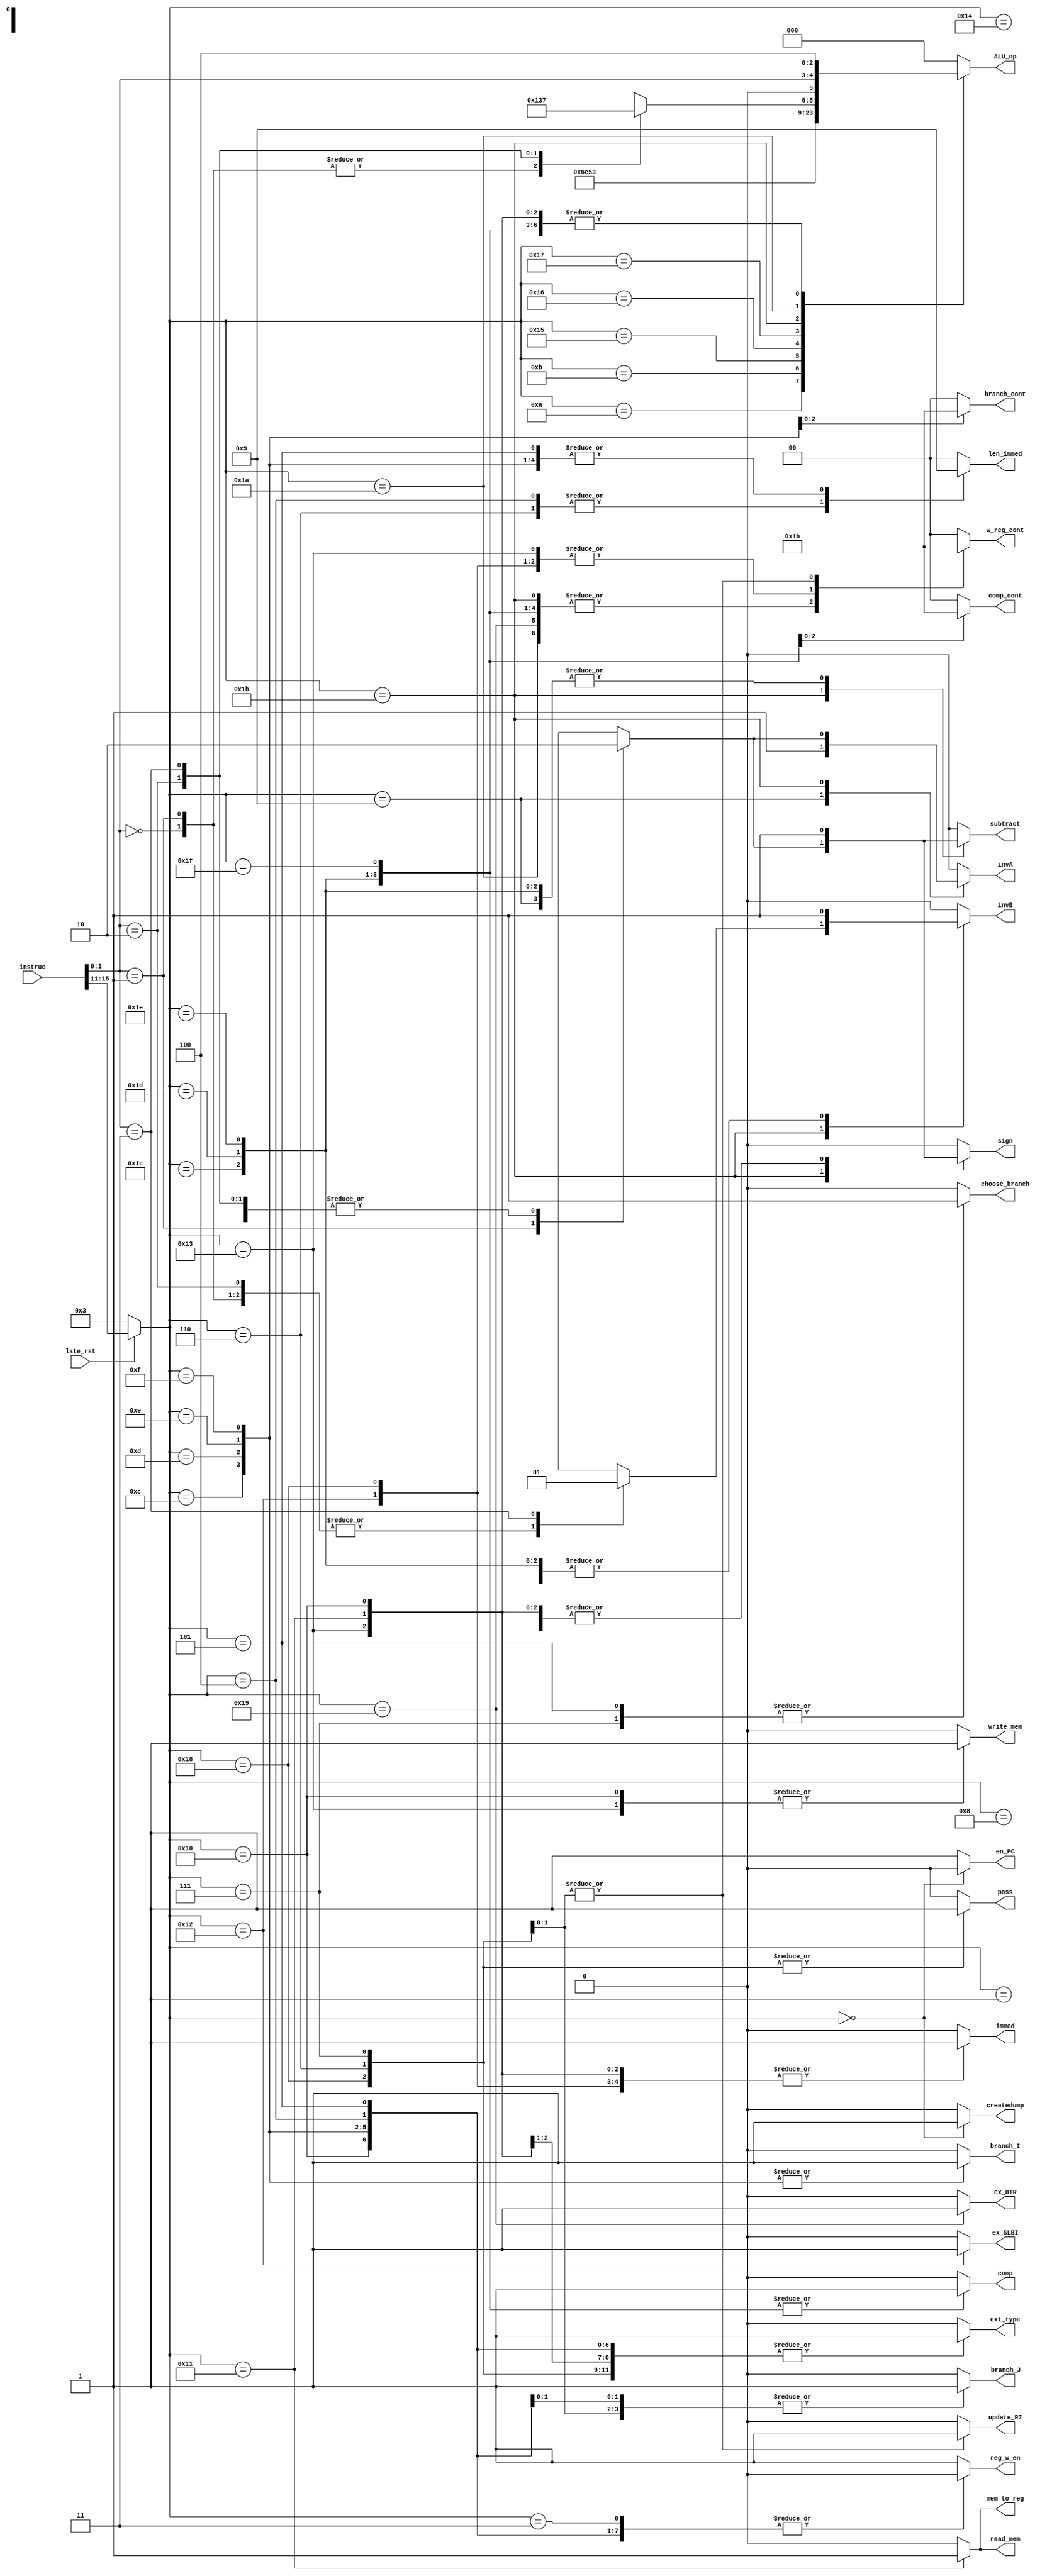
module control(instruc, late_rst, en_PC, w_reg_cont, ext_type, len_immed, reg_w_en, choose_branch, immed, update_R7, subtract, ALU_op, invA, invB, sign, ex_BTR, ex_SLBI, comp_cont, comp, pass, branch_cont, branch_J, branch_I, createdump, write_mem, read_mem, mem_to_reg);

    input     [15:0] instruc;
    input            late_rst;

    output reg           en_PC;
    output reg     [1:0] w_reg_cont;
    output reg           ext_type;
    output reg     [1:0] len_immed;
    output reg           reg_w_en;
    output reg           choose_branch; 
    output reg           immed;
    output reg           update_R7;
    output reg           subtract;
    output reg     [2:0] ALU_op;
    output reg           invA;
    output reg           invB;
    output reg           sign;
    output reg           ex_BTR;
    output reg           ex_SLBI;
    output reg     [1:0] comp_cont;
    output reg           comp;
    output reg           pass;
    output reg     [1:0] branch_cont;
    output reg           branch_J;
    output reg           branch_I;
    output reg           createdump;
    output reg           write_mem;
    output reg           read_mem;
    output reg           mem_to_reg;

    reg halt=1'b0;

    wire [4:0]op_code = (~late_rst) ? (5'b00011): instruc[15:11]; // get the op_code from instruc
    wire [1:0]func_code = instruc[1:0]; // get the func_code from instruc -- used for a few instructions

    always@(*)begin
        // assign default outputs
        en_PC = 1'b1;
        reg_w_en = 1'b1;
        w_reg_cont = 2'b00;
        ext_type = 1'b0;
        len_immed = 2'b00;
        choose_branch = 1'b0;
        immed = 1'b0;
        update_R7 = 1'b0;
        subtract = 1'b0;
        ALU_op = 3'b000;
        invA = 1'b0;
        invB = 1'b0;
        sign = 1'b0;
        ex_BTR = 1'b0;
        ex_SLBI = 1'b0;
        comp_cont = 2'b00;
        comp = 1'b0;
        branch_cont = 2'b00;
        branch_J = 1'b0;
        branch_I = 1'b0;
        createdump = 1'b0;
        write_mem = 1'b0;
        read_mem = 1'b0;
        mem_to_reg = 1'b0;
        pass = 1'b0;

        case(op_code)
            5'b00000:begin
                en_PC = 1'b0;
                createdump = 1'b1;
                reg_w_en = 1'b0;
                halt= 1'b1;
            end
            5'b00001:begin
                reg_w_en = 1'b0;
            end
            5'b01000:begin
                ext_type = 1'b1;
                immed = 1'b1;
                ALU_op = 3'b100;
                sign = 1'b1;
            end
            5'b01001:begin
                ext_type = 1'b1;
                immed = 1'b1;
                subtract = 1'b1;
                ALU_op = 3'b100;
                invA = 1'b1;
                sign = 1'b1;
            end
            5'b01010:begin
                immed = 1'b1;
                ALU_op = 3'b110;
            end
            5'b01011:begin
                immed = 1'b1;
                ALU_op = 3'b111;
                invB = 1'b1;
            end
            5'b10100:begin
                immed = 1'b1;
                ALU_op = 3'b000;
            end
            5'b10101:begin
                immed = 1'b1;
                ALU_op = 3'b001;
            end
            5'b10110:begin
                immed = 1'b1;
                ALU_op = 3'b010;
            end
            5'b10111:begin
                immed = 1'b1;
                ALU_op = 3'b011;
            end
            5'b10000:begin
                ext_type = 1'b1;
                immed = 1'b1;
                ALU_op = 3'b100;
                reg_w_en = 1'b0;
                write_mem = 1'b1;
                sign = 1'b1;
            end
            5'b10001:begin
                ext_type = 1'b1;
                immed = 1'b1;
                ALU_op = 3'b100;
                sign = 1'b1;
                read_mem = 1'b1;
                mem_to_reg = 1'b1;
            end
            5'b10011:begin
                ext_type = 1'b1;
                immed = 1'b1;
                ALU_op = 3'b100;
                sign = 1'b1;
                write_mem = 1'b1;
                w_reg_cont = 2'b10;
            end
            5'b11001:begin
                w_reg_cont = 2'b01;
                ex_BTR = 1'b1;
            end
            5'b11011:begin // includes 4 instructions
                w_reg_cont = 2'b01;
                case(func_code)
                    2'b00:begin // ADD
                        ALU_op = 3'b100;
                    end
                    2'b01:begin // SUB
                        ALU_op = 3'b100;
                        subtract = 1'b1;
                        invA = 1'b1;
                        sign = 1'b1;
                    end
                    2'b10:begin // XOR
                        ALU_op = 3'b110;
                    end
                    2'b11:begin // ANDN
                        ALU_op = 3'b111;
                        invB = 1'b1;
                    end
                endcase
            end
            5'b11010:begin // includes 4 instructions
                w_reg_cont = 2'b01;
                ALU_op = {1'b0, func_code};
            end
            5'b11100:begin
                w_reg_cont = 2'b01;
                ALU_op = 3'b100;
                subtract = 1;
                invB = 1'b1;
                sign = 1'b1;
                comp = 1'b1;
                comp_cont = 2'b00;
            end
            5'b11101:begin
                w_reg_cont = 2'b01;
                ALU_op = 3'b100;
                subtract = 1'b1;
                invB = 1'b1;
                sign = 1'b1;
                comp = 1'b1;
                comp_cont = 2'b01;
            end
            5'b11110:begin
                w_reg_cont = 2'b01;
                ALU_op = 3'b100;
                subtract = 1;
                invB = 1'b1;
                sign = 1'b1;
                comp = 1'b1;
                comp_cont = 2'b10;
            end
            5'b11111:begin
                w_reg_cont = 2'b01;
                ALU_op = 3'b100;
                comp = 1'b1;
                comp_cont = 2'b11;
            end
            5'b01100:begin //BEQZ
                reg_w_en = 1'b0;
                ext_type = 1'b1;
                len_immed = 2'b01;
                branch_cont = 2'b00;
                branch_I = 1'b1;
            end
            5'b01101:begin //BNEZ
                reg_w_en = 1'b0;
                ext_type = 1'b1;
                len_immed = 2'b01;
                branch_cont = 2'b01;
                branch_I = 1'b1;
            end
            5'b01110:begin // BLTZ
                reg_w_en = 1'b0;
                ext_type = 1'b1;
                len_immed = 2'b01;
                branch_cont = 2'b10;
                branch_I = 1'b1;
            end
            5'b01111:begin // BGEZ
                reg_w_en = 1'b0;
                ext_type = 1'b1;
                len_immed = 2'b01;
                branch_cont = 2'b11;
                branch_I = 1'b1;
            end
            5'b11000:begin // LBI instruction
                w_reg_cont = 2'b10;
                ext_type = 1'b1;
                immed = 1'b1;
                len_immed = 2'b01;
                pass = 1'b1;
                en_PC = 1'b1;
            end
            5'b10010:begin
                w_reg_cont = 2'b10;
                immed = 1'b1;
                len_immed = 2'b01;
                ex_SLBI = 1'b1;
            end
            5'b00100:begin // J displacement
                reg_w_en = 1'b0;
                ext_type = 1'b1;
                len_immed = 2'b10;
                branch_J = 1'b1;
            end
            5'b00101:begin // JR
                reg_w_en = 1'b0;
                ext_type = 1'b1;
                len_immed = 2'b01;
                choose_branch = 1'b1;
                branch_J = 1'b1;
            end
            5'b00110:begin //JAL
                ext_type = 1'b1;
                len_immed = 2'b10;
                w_reg_cont = 2'b11;
                branch_J = 1'b1;
                update_R7 = 1'b1;
                pass = 1'b1;
            end
            5'b00111:begin // JALR
                ext_type = 1'b1;
                len_immed = 2'b01;
                w_reg_cont = 2'b11;
                branch_J = 1'b1;
                choose_branch = 1'b1;
                update_R7 = 1'b1;
                pass = 1'b1;
            end
            5'b00011:begin // NOP
                reg_w_en = 1'b0;
            end
        endcase
    end


endmodule